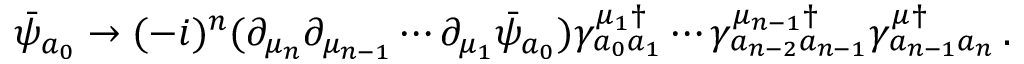
\bar { \psi } _ { a _ { 0 } } \rightarrow ( - i ) ^ { n } ( \partial _ { \mu _ { n } } \partial _ { \mu _ { n - 1 } } \cdots \partial _ { \mu _ { 1 } } \bar { \psi } _ { a _ { 0 } } ) \gamma _ { a _ { 0 } a _ { 1 } } ^ { \mu _ { 1 } \dagger } \cdots \gamma _ { a _ { n - 2 } a _ { n - 1 } } ^ { \mu _ { n - 1 } \dagger } \gamma _ { a _ { n - 1 } a _ { n } } ^ { \mu \dagger } \, .